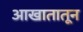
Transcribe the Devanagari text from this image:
आखातातून